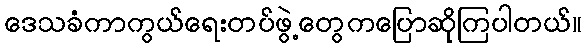
ဒေသခံကာကွယ်ရေးတပ်ဖွဲ့တွေကပြောဆိုကြပါတယ်။